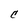
Character: C